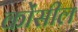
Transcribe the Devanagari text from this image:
कोंसील